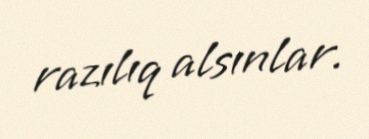
razılıq alsınlar.